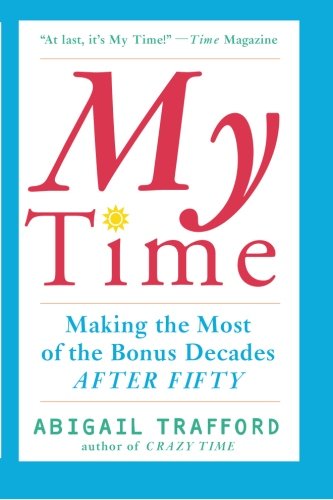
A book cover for My Time: Making the Most of the Bonus Decades after Fifty; Abigail Trafford; Self-Help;